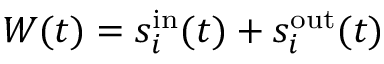
W ( t ) = s _ { i } ^ { \mathrm { i n } } ( t ) + s _ { i } ^ { \mathrm { o u t } } ( t )